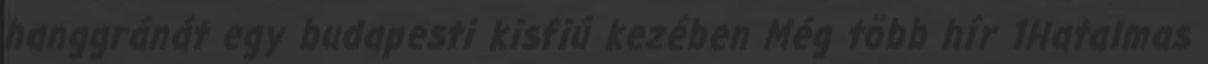
hanggránát egy budapesti kisfiú kezében Még több hír 1Hatalmas